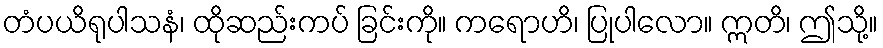
တံပယိရုပါသနံ၊ ထိုဆည်းကပ် ခြင်းကို။ ကရောဟိ၊ ပြုပါလော။ ဣတိ၊ ဤသို့။